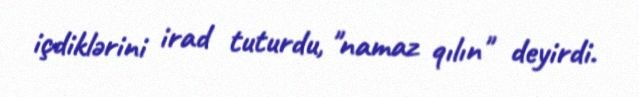
içdiklərini irad tuturdu, "namaz qılın" deyirdi.